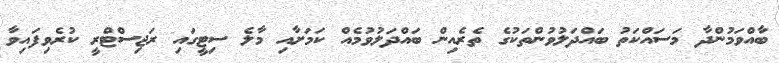
ބާއްވަމުންދާ މަސައްކަތު ބައްދަލުވުންތަކުގެ ތެރެއިން ބައްދަލުވުމެއް ކަމަށާއި މާލެ ސިޓީގައި ރަޖިސްޓްރީ ކުރެވިފައިވާ